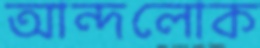
আন্দলোক